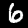
Digit: 6